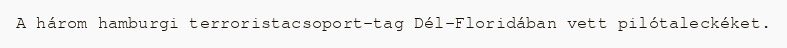
A három hamburgi terroristacsoport-tag Dél-Floridában vett pilótaleckéket.